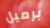
برميل